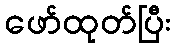
ဖော်ထုတ်ပြီး